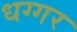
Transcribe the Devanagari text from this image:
धग्गर